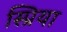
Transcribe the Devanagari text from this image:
स्प्रिया